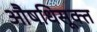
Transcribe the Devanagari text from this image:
औषधिसूक्त